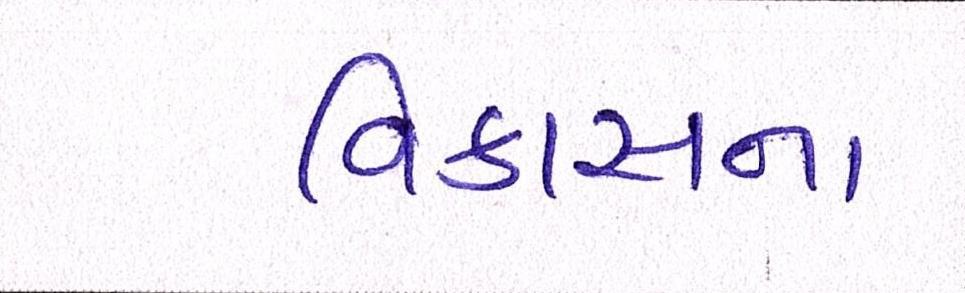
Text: વિકાસના